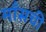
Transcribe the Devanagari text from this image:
माँसची